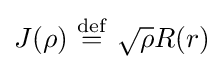
J(\rho )\ {\stackrel {\mathrm {def} }{=}}\ {\sqrt {\rho }}R(r)